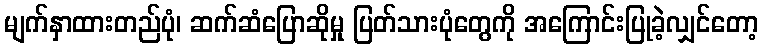
မျက်နှာထားတည်ပုံ၊ ဆက်ဆံပြောဆိုမှု ပြတ်သားပုံတွေကို အကြောင်းပြုခဲ့လျှင်တော့